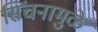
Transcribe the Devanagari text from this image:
सिंचनामुळे